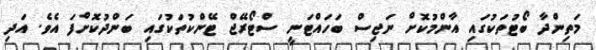
މަތިންދާ ބޯޓުތަކުގައި އާންމުކޮށް ނަޖިސް ބަހައްޓަނީ ސްޓޯރޭޖް ޓޭންކުތަކުގައި ބަންދުކޮށްފަ އެވެ. އަދި